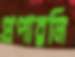
প্রপারলি